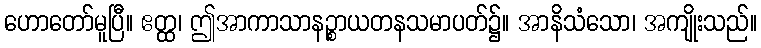
ဟောတော်မူပြီ။ ဧတ္ထ၊ ဤအာကာသာနဉ္စာယတနသမာပတ်၌။ အာနိသံသော၊ အကျိုးသည်။